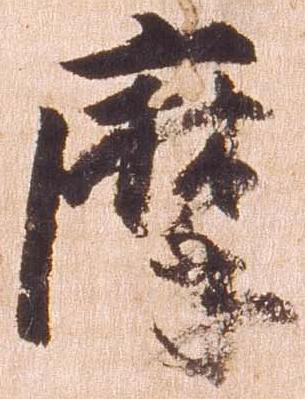
摩